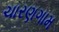
ચારણગામ